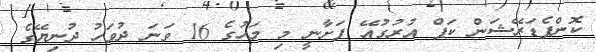
ކޮންފެޑަރޭޝަން ކަޕް އުރުގުއޭ ފަށާނީ މި މަހުގެ 16 ވަނަ ދުވަހު ދުނިޔޭގެ